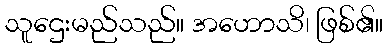
သူဌေးမည်သည်။ အဟောသိ၊ ဖြစ်၏။